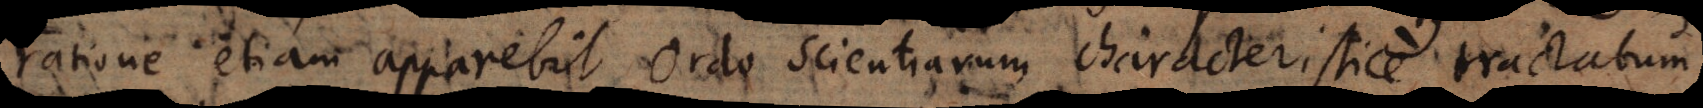
ratione etiam apparebit Ordo Scientiarum characteristice tractat[ar]um,